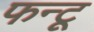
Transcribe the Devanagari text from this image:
फन्टू